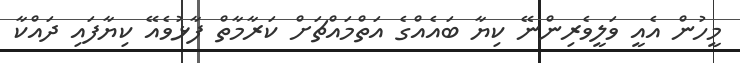
މީހުން އެއީ ވަލީވެރިންނޭ ކިޔާ ބައެއްގެ އަތްމައްޗަށް ކަރާމާތް ފާޅުވެއޭ ކިޔާފައި ދައްކާ